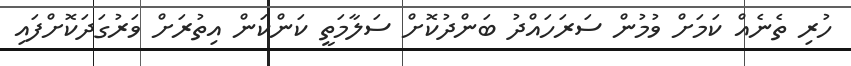
ހުރި ތެނެއް ކަމަށް ވުމުން ސަރަހައްދު ބަންދުކޮށް ސަލާމަތީ ކަންކަން އިތުރަށް ވަރުގަދަކޮށްފައި